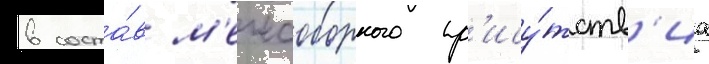
в соста́в м'ежсоборного пр'ису́тств'иа